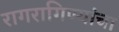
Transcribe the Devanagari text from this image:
रागरागिण्यांचा